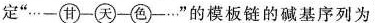
定”…-甘-天-色-…”的模板链的碱基序列为_。